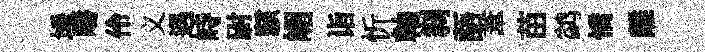
埵疇伶义遇峙尉駭嵋诣忻軸𠛴語葦苗鹢憍離